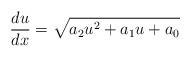
LaTeX: \begin{align*}\frac{du}{dx}=\sqrt{a_{2}u^{2}+a_{1}u+a_{0}}\end{align*}